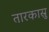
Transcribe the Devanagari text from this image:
तारकास्रु